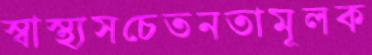
স্বাস্থ্যসচেতনতামূলক